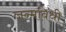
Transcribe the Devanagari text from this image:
जन्मविधी